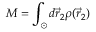
M = \int _ { \odot } d \vec { r } _ { 2 } \rho ( \vec { r } _ { 2 } )